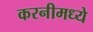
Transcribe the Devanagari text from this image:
करनीमध्ये